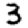
Digit: 3